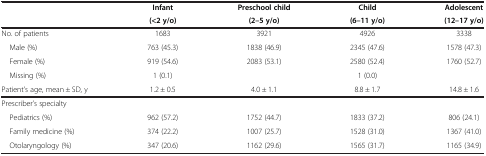
|  | Infant | Preschool child | Child | Adolescent |
 |  | (<2 y/o) | (2–5 y/o) | (6–11 y/o) | (12–17 y/o) |
 | --- | --- | --- | --- | --- |
 | No. of patients | 1683 | 3921 | 4926 | 3338 |
 | Male (%) | 763 (45.3) | 1838 (46.9) | 2345 (47.6) | 1578 (47.3) |
 | Female (%) | 919 (54.6) | 2083 (53.1) | 2580 (52.4) | 1760 (52.7) |
 | Missing (%) | 1 (0.1) |  | 1 (0.0) |  |
 | Patient’s age, mean ± SD, y | 1.2 ± 0.5 | 4.0 ± 1.1 | 8.8 ± 1.7 | 14.8 ± 1.6 |
 | Prescriber’s specialty |  |  |  |  |
 | Pediatrics (%) | 962 (57.2) | 1752 (44.7) | 1833 (37.2) | 806 (24.1) |
 | Family medicine (%) | 374 (22.2) | 1007 (25.7) | 1528 (31.0) | 1367 (41.0) |
 | Otolaryngology (%) | 347 (20.6) | 1162 (29.6) | 1565 (31.7) | 1165 (34.9) |